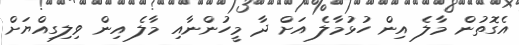
އެގޮތުން މާލެ އިން ހުޅުމާލެ އަށް ދާ މީހުންނާއި މާލެ އިން ވިލިގިއްޔަށް